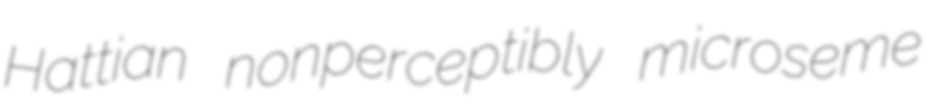
Hattian nonperceptibly microseme